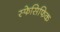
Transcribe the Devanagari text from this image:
स्फेसिफिक